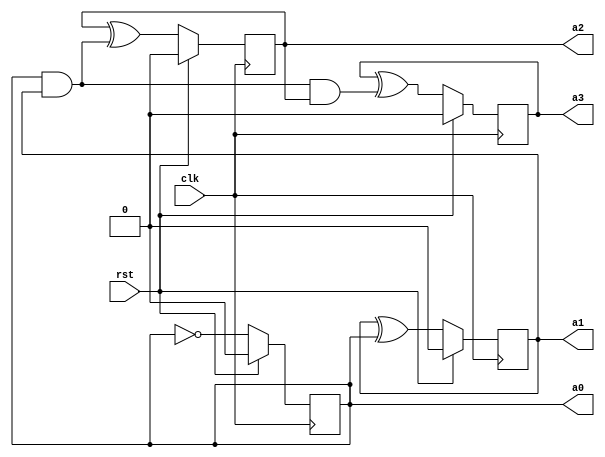
module fourBitCounterSchematics (clk, rst,a0,a1,a2,a3);
 /* uses the combinational logic provided by the diagram in the lab to function
 whenever a positive clock edge signal is sent, we will run the loop at line 11
 rst will initialize everything at binary 0
 <= is a non-blocking which means code is run in parallel and thus will run based on original value
 eg. 0001 to 0010 is because a0 <= ~1, a1 <= 0 ^ 1*/
    input clk, rst;
    output reg a0;
    output reg a1;
    output reg a2;
    output reg a3;
 
 
    always @ (posedge clk) begin
        if (rst) begin
            a0 <= 1'b0;
            a1 <= 1'b0;
            a2 <= 1'b0;
            a3 <= 1'b0;
        end
        else begin
            a0 <= ~a0;
            a1 <= a1 ^ a0;
            a2 <= a2 ^ (a0 & a1);
            a3 <= a3 ^ (a0 & a1 & a2);
        end
    end
 
endmodule